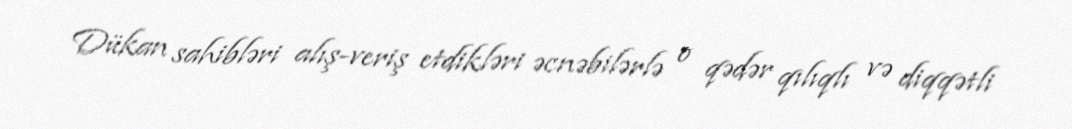
Dükan sahibləri alış-veriş etdikləri əcnəbilərlə o qədər qılıqlı və diqqətli